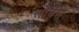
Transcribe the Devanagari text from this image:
लोवेंस